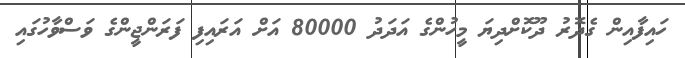
ހައިފާއިން ގެދޮރު ދޫކޮށްދިޔަ މީހުންގެ އަދަދު 80000 އަށް އަރައިފި ފަރަންޖީންގެ ވަސްވާހުގައި